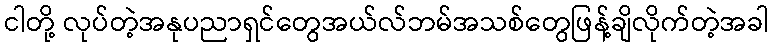
ငါတို့ လုပ်တဲ့အနုပညာရှင်တွေအယ်လ်ဘမ်အသစ်တွေဖြန့်ချိလိုက်တဲ့အခါ